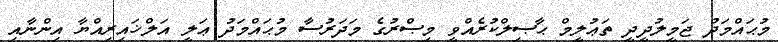
މުޙައްމަދު ޖަމީލުދީދީ ތަޢުލީމް ޙާޞިލްކުރެއްވީ މިޞްރުގެ މަދަރުސާ މުޙައްމަދު ޢަލީ އަލްޚައިރިއްޔާ އިންނާއި